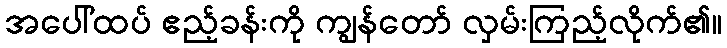
အပေါ်ထပ် ဧည့်ခန်းကို ကျွန်တော် လှမ်းကြည့်လိုက်၏။